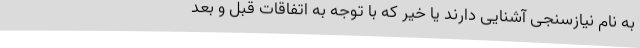
به نام نیازسنجی آشنایی دارند یا خیر که با توجه به اتفاقات قبل و بعد